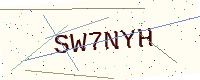
Text: SW7NYH